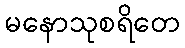
မနောသုစရိတေ